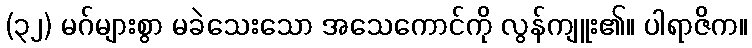
(၃၂) မဂ်များစွာ မခဲသေးသော အသေကောင်ကို လွန်ကျူး၏။ ပါရာဇိက။